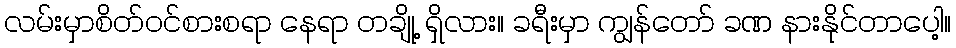
လမ်းမှာစိတ်ဝင်စားစရာ နေရာ တချို့ ရှိလား။ ခရီးမှာ ကျွန်တော် ခဏ နားနိုင်တာပေါ့။